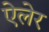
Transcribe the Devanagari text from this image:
ऐलेर